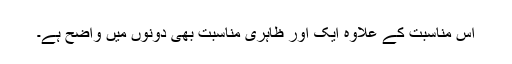
اس مناسبت کے علاوہ ایک اور ظاہری مناسبت بھی دونوں میں واضح ہے۔